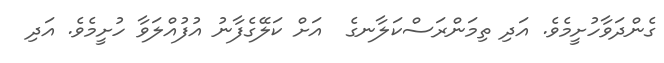
ގެންދަވާހުށީމެވެ. އަދި ތިމަންރަސްކަލާނގެ  އަށް ކަލޭގެފާނު އުފުއްލަވާ ހުށީމެވެ. އަދި